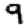
Digit: 9